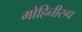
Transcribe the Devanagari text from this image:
मोहिनीरुप